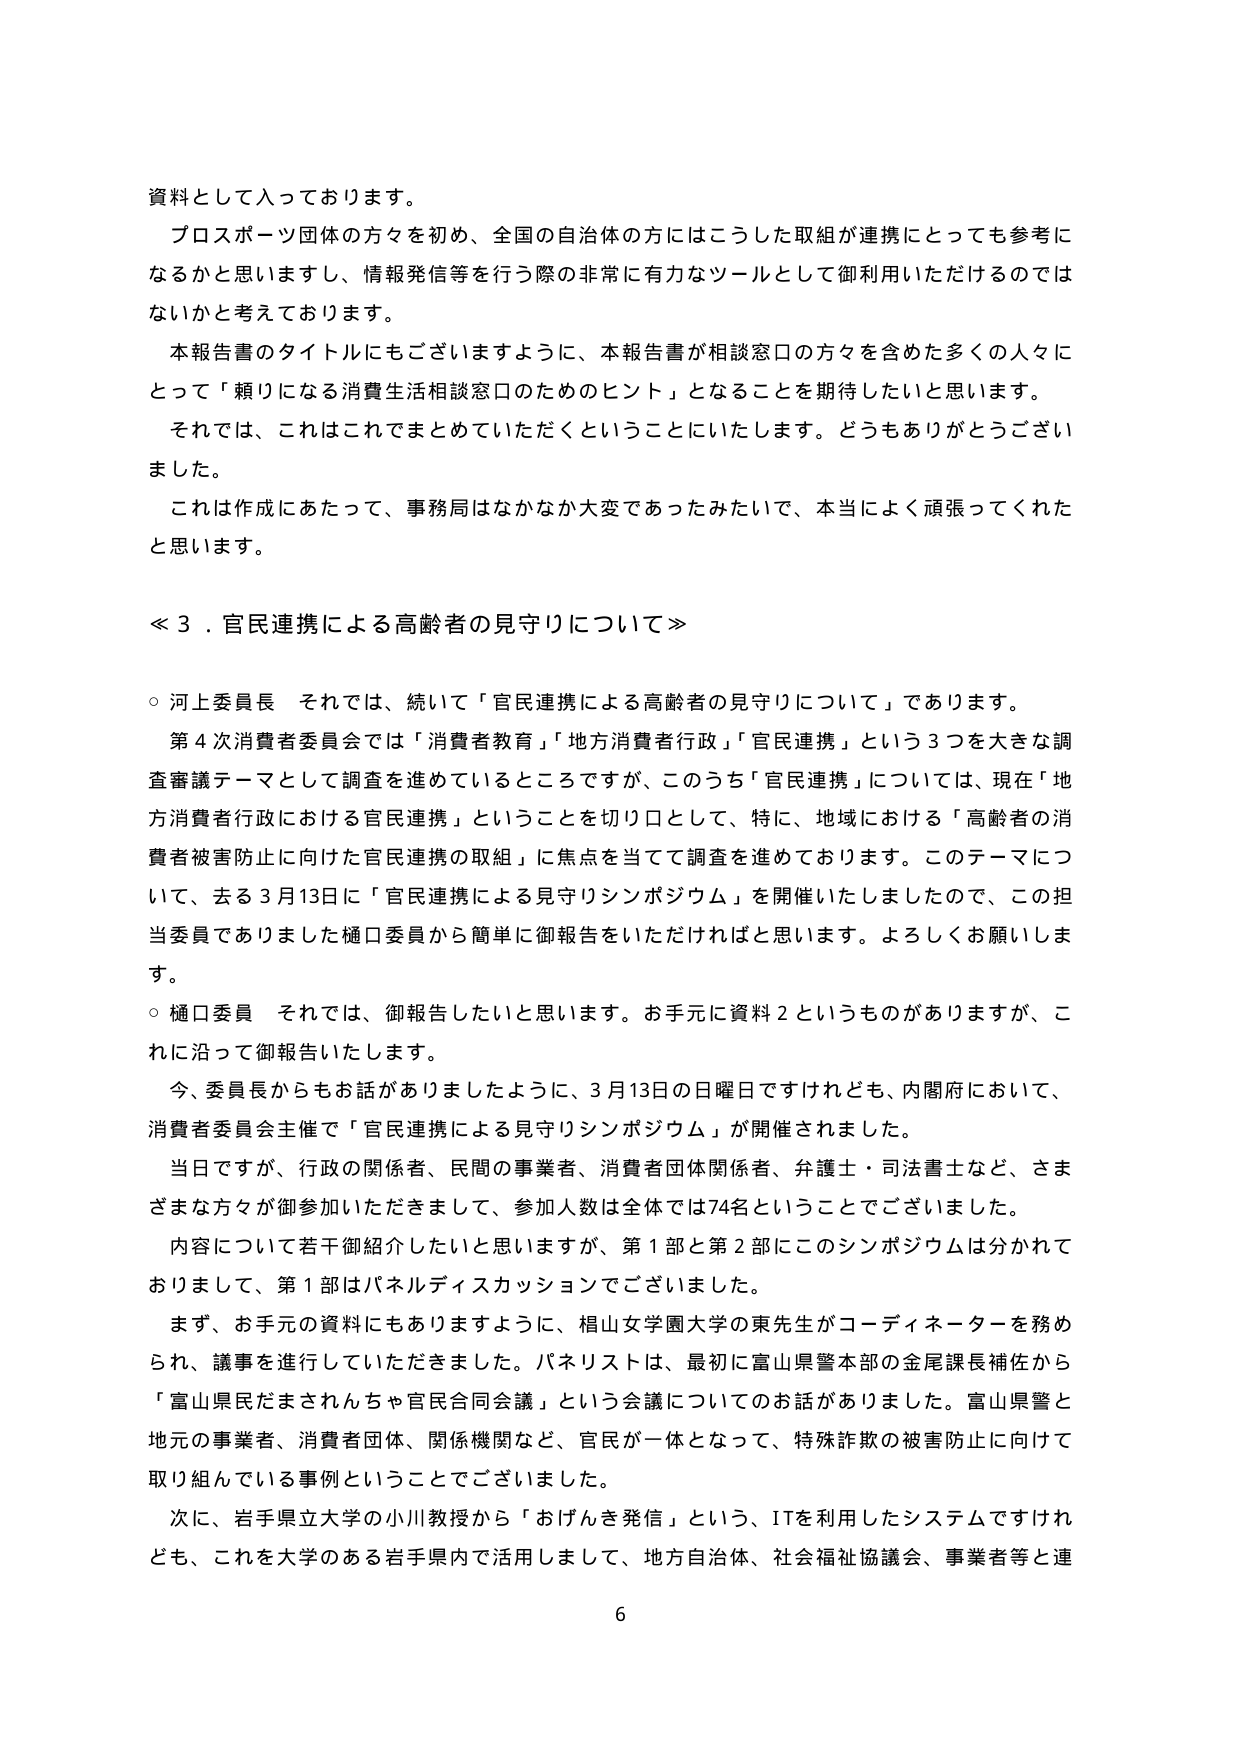
資料として入っております。
プロスポーツ団体の方々を初め、全国の自治体の方にはこうした取組が連携にとっても参考になるかと思いますし、情報発信等を行う際の非常に有力なツールとして御利用いただけるのではないかと考えております。
本報告書のタイトルにもございますように、本報告書が相談窓口の方々を含めた多くの人々にとって「頼りになる消費生活相談窓口のためのヒント」となることを期待したいと思います。
それでは、これはこれでまとめていただくということにいたします。どうもありがとうございました。
これは作成にあたって、事務局はなかなか大変であったみたいで、本当によく頑張ってくれたと思います。

≪３．官民連携による高齢者の見守りについて≫

○ 河上委員長　それでは、続いて「官民連携による高齢者の見守りについて」であります。
第４次消費者委員会では「消費者教育」「地方消費者行政」「官民連携」という３つを大きな調査審議テーマとして調査を進めているところですが、このうち「官民連携」については、現在「地方消費者行政における官民連携」ということを切り口として、特に、地域における「高齢者の消費者被害防止に向けた官民連携の取組」に焦点を当てて調査を進めております。このテーマについて、去る３月13日に「官民連携による見守りシンポジウム」を開催いたしましたので、この担当委員でありました樋口委員から簡単に御報告をいただければと思います。よろしくお願いします。
○ 樋口委員　それでは、御報告したいと思います。お手元に資料２というものがありますが、これに沿って御報告いたします。
今、委員長からもお話がありましたように、３月13日の日曜日ですけれども、内閣府において、消費者委員会主催で「官民連携による見守りシンポジウム」が開催されました。
当日ですが、行政の関係者、民間の事業者、消費者団体関係者、弁護士・司法書士など、さまざまな方々が御参加いただきまして、参加人数は全体で74名ということでございました。
内容について若干御紹介したいと思いますが、第１部と第２部にこのシンポジウムは分かれておりまして、第１部はパネルディスカッションでございました。
まず、お手元の資料にもありますように、椙山女学園大学の東先生がコーディネーターを務められ、議事を進行していただきました。パネリストは、最初に富山県警本部の金尾課長補佐から「富山県民だまされんちゃ官民合同会議」という会議についてのお話がありました。富山県警と地元の事業者、消費者団体、関係機関など、官民が一体となって、特殊詐欺の被害防止に向けて取り組んでいる事例ということでございました。
次に、岩手県立大学の小川教授から「おげんき発信」という、ITを利用したシステムですけれども、これを大学のある岩手県内で活用しまして、地方自治体、社会福祉協議会、事業者等と連

6